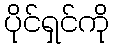
ပိုင်ရှင်ကို